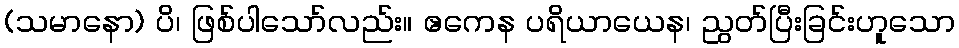
(သမာနော) ပိ၊ ဖြစ်ပါသော်လည်း။ ဧကေန ပရိယာယေန၊ ညွတ်ပြီးခြင်းဟူသော